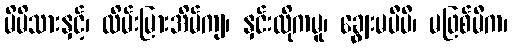
မိမိသားနှင့်၊ ထိမ်းမြားအိမ်ကျ၊ နှင်းလိုကမူ၊ ချွေးမပီပီ၊ မဖြစ်မီက၊